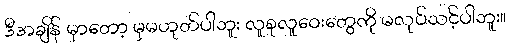
ဒီအချိန် မှာတော့ မှမဟုတ်ပါဘူး လူစုလူဝေးတွေကို မလုပ်သင့်ပါဘူး။